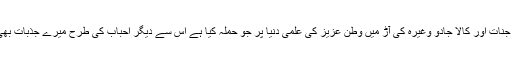
پرویز ہودبھائی نے جنات اور کالا جادو وغیرہ کی آڑ میں وطن عزیز کی علمی دنیا پر جو حملہ کیا ہے اس سے دیگر احباب کی طرح میرے جذبات بھی مجروح ہوئے ہیں۔